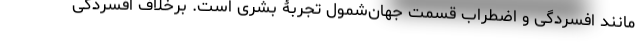
مانند افسردگی و اضطراب قسمت جهان‌شمول تجربۀ بشری است. برخلاف افسردگی